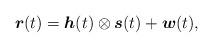
LaTeX: \begin{align*}\boldsymbol{r}(t)=\boldsymbol{h}(t)\otimes\boldsymbol{s}(t)+\boldsymbol{w}(t),\end{align*}